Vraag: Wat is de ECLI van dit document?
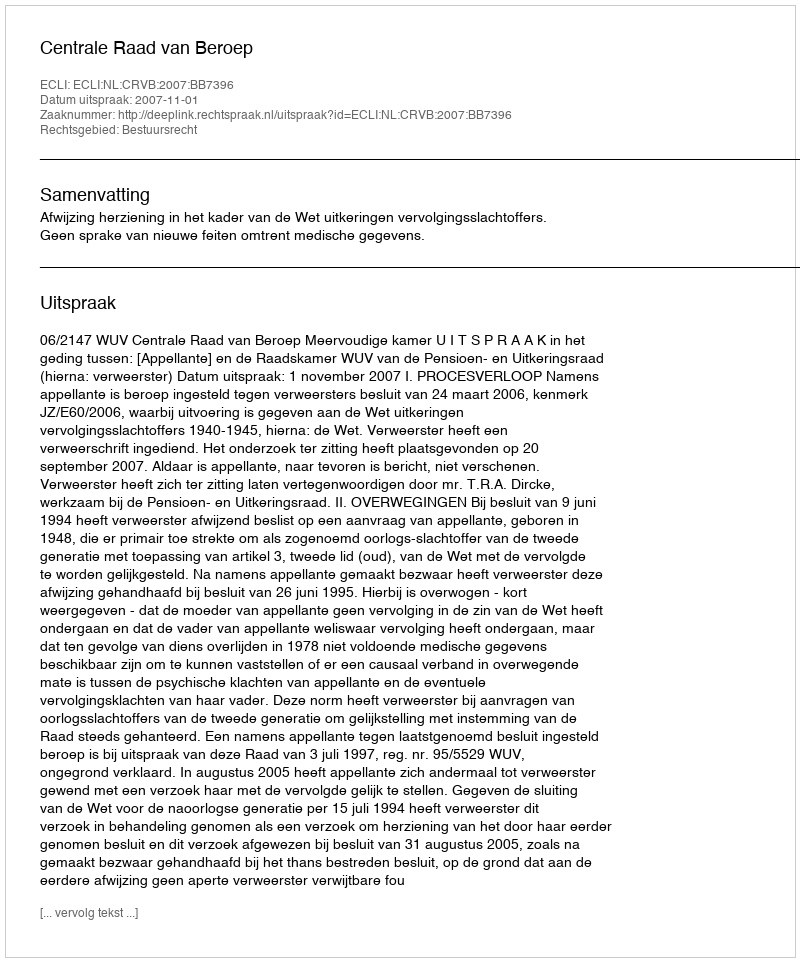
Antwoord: ECLI:NL:CRVB:2007:BB7396